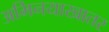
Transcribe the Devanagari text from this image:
अभिनयाखातर